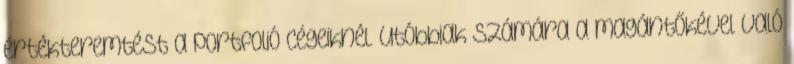
értékteremtést a portfolió cégeiknél. Utóbbiak számára a magántőkével való